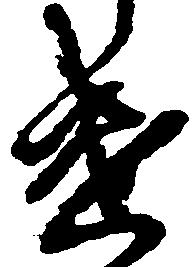
遣